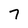
Character: 7